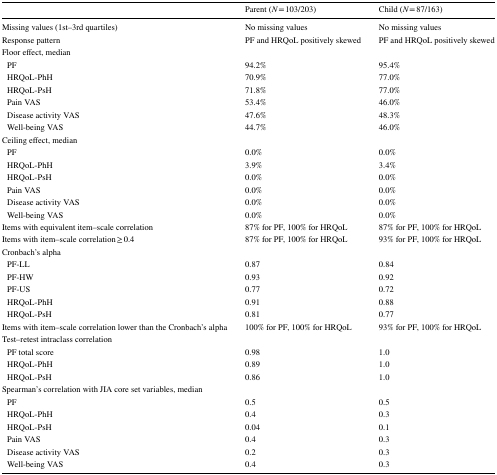
<table><thead><tr><td></td><td><b>Parent (<i>N</i> = 103/203)</b></td><td><b>Child (<i>N</i> = 87/163)</b></td></tr></thead><tbody><tr><td>Missing values (1st–3rd quartiles)</td><td>No missing values</td><td>No missing values</td></tr><tr><td>Response pattern</td><td>PF and HRQoL positively skewed</td><td>PF and HRQoL positively skewed</td></tr><tr><td colspan="3">Floor effect, median</td></tr><tr><td> PF</td><td>94.2%</td><td>95.4%</td></tr><tr><td> HRQoL-PhH</td><td>70.9%</td><td>77.0%</td></tr><tr><td> HRQoL-PsH</td><td>71.8%</td><td>77.0%</td></tr><tr><td> Pain VAS</td><td>53.4%</td><td>46.0%</td></tr><tr><td> Disease activity VAS</td><td>47.6%</td><td>48.3%</td></tr><tr><td> Well-being VAS</td><td>44.7%</td><td>46.0%</td></tr><tr><td colspan="3">Ceiling effect, median</td></tr><tr><td> PF</td><td>0.0%</td><td>0.0%</td></tr><tr><td> HRQoL-PhH</td><td>3.9%</td><td>3.4%</td></tr><tr><td> HRQoL-PsH</td><td>0.0%</td><td>0.0%</td></tr><tr><td> Pain VAS</td><td>0.0%</td><td>0.0%</td></tr><tr><td> Disease activity VAS</td><td>0.0%</td><td>0.0%</td></tr><tr><td> Well-being VAS</td><td>0.0%</td><td>0.0%</td></tr><tr><td>Items with equivalent item–scale correlation</td><td>87% for PF, 100% for HRQoL</td><td>87% for PF, 100% for HRQoL</td></tr><tr><td>Items with item–scale correlation ≥ 0.4</td><td>87% for PF, 100% for HRQoL</td><td>93% for PF, 100% for HRQoL</td></tr><tr><td colspan="3">Cronbach’s alpha</td></tr><tr><td> PF-LL</td><td>0.87</td><td>0.84</td></tr><tr><td> PF-HW</td><td>0.93</td><td>0.92</td></tr><tr><td> PF-US</td><td>0.77</td><td>0.72</td></tr><tr><td> HRQoL-PhH</td><td>0.91</td><td>0.88</td></tr><tr><td> HRQoL-PsH</td><td>0.81</td><td>0.77</td></tr><tr><td>Items with item–scale correlation lower than the Cronbach’s alpha</td><td>100% for PF, 100% for HRQoL</td><td>93% for PF, 100% for HRQoL</td></tr><tr><td colspan="3">Test–retest intraclass correlation</td></tr><tr><td> PF total score</td><td>0.98</td><td>1.0</td></tr><tr><td> HRQoL-PhH</td><td>0.89</td><td>1.0</td></tr><tr><td> HRQoL-PsH</td><td>0.86</td><td>1.0</td></tr><tr><td colspan="3">Spearman’s correlation with JIA core set variables, median</td></tr><tr><td> PF</td><td>0.5</td><td>0.5</td></tr><tr><td> HRQoL-PhH</td><td>0.4</td><td>0.3</td></tr><tr><td> HRQoL-PsH</td><td>0.04</td><td>0.1</td></tr><tr><td> Pain VAS</td><td>0.4</td><td>0.3</td></tr><tr><td> Disease activity VAS</td><td>0.2</td><td>0.3</td></tr><tr><td> Well-being VAS</td><td>0.4</td><td>0.3</td></tr></tbody></table>